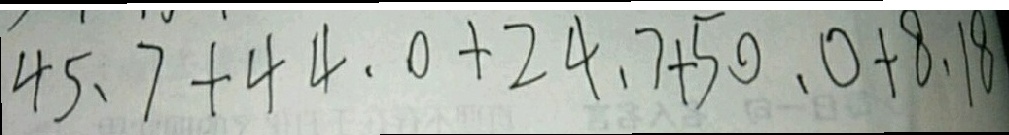
4 5 . 7 + 4 4 . 0 + 2 4 . 7 + 5 0 . 0 + 8 . 1 8